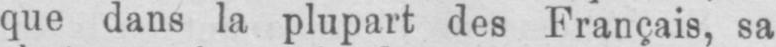
que dans la plupart des Français, sa